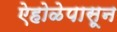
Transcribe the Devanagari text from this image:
ऐहोळेपासून